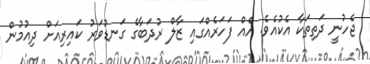
ޖެހުނީ ދަތިތަކާ އެކުއެވެ. އެއް ފަހަރެއްގައި ޒާލް ރުދަބާގެ ގަނޑުވަރު ކައިރިއަށް ދިއުމުން